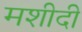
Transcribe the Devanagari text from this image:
मशीदी